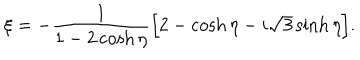
LaTeX: \xi = - \frac { 1 } { 1 - 2 \cosh \eta } \Bigl [ 2 - \cosh \eta - i \sqrt { 3 } \sinh \eta \Bigr ] .